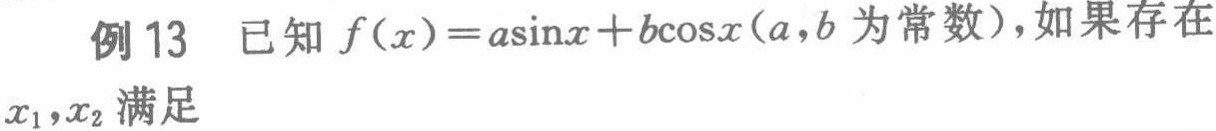
例13 已知 \(f(x)=a\sin x + b\cos x(a,b\) 为常数\()\)，如果存在 \(x_1,x_2\) 满足